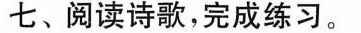
七、阅读诗歌，完成练习。